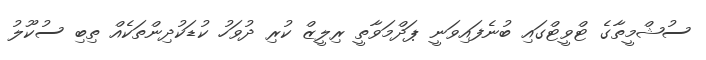
ސުޝްމީތާގެ ޓްވީޓްގައި ބުނެފައިވަނީ ޕަދްމަވާތީ ރިލީޒް ކުރި ދުވަހު ކުޑަކުދިންތަކެއް ތިބި ސުކޫލު